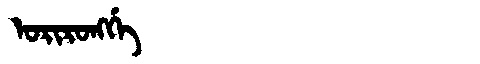
Manchu: ᠣᡵᡳᡵᠣᠩᡤᡝ
Romanization: ORIRONGGE